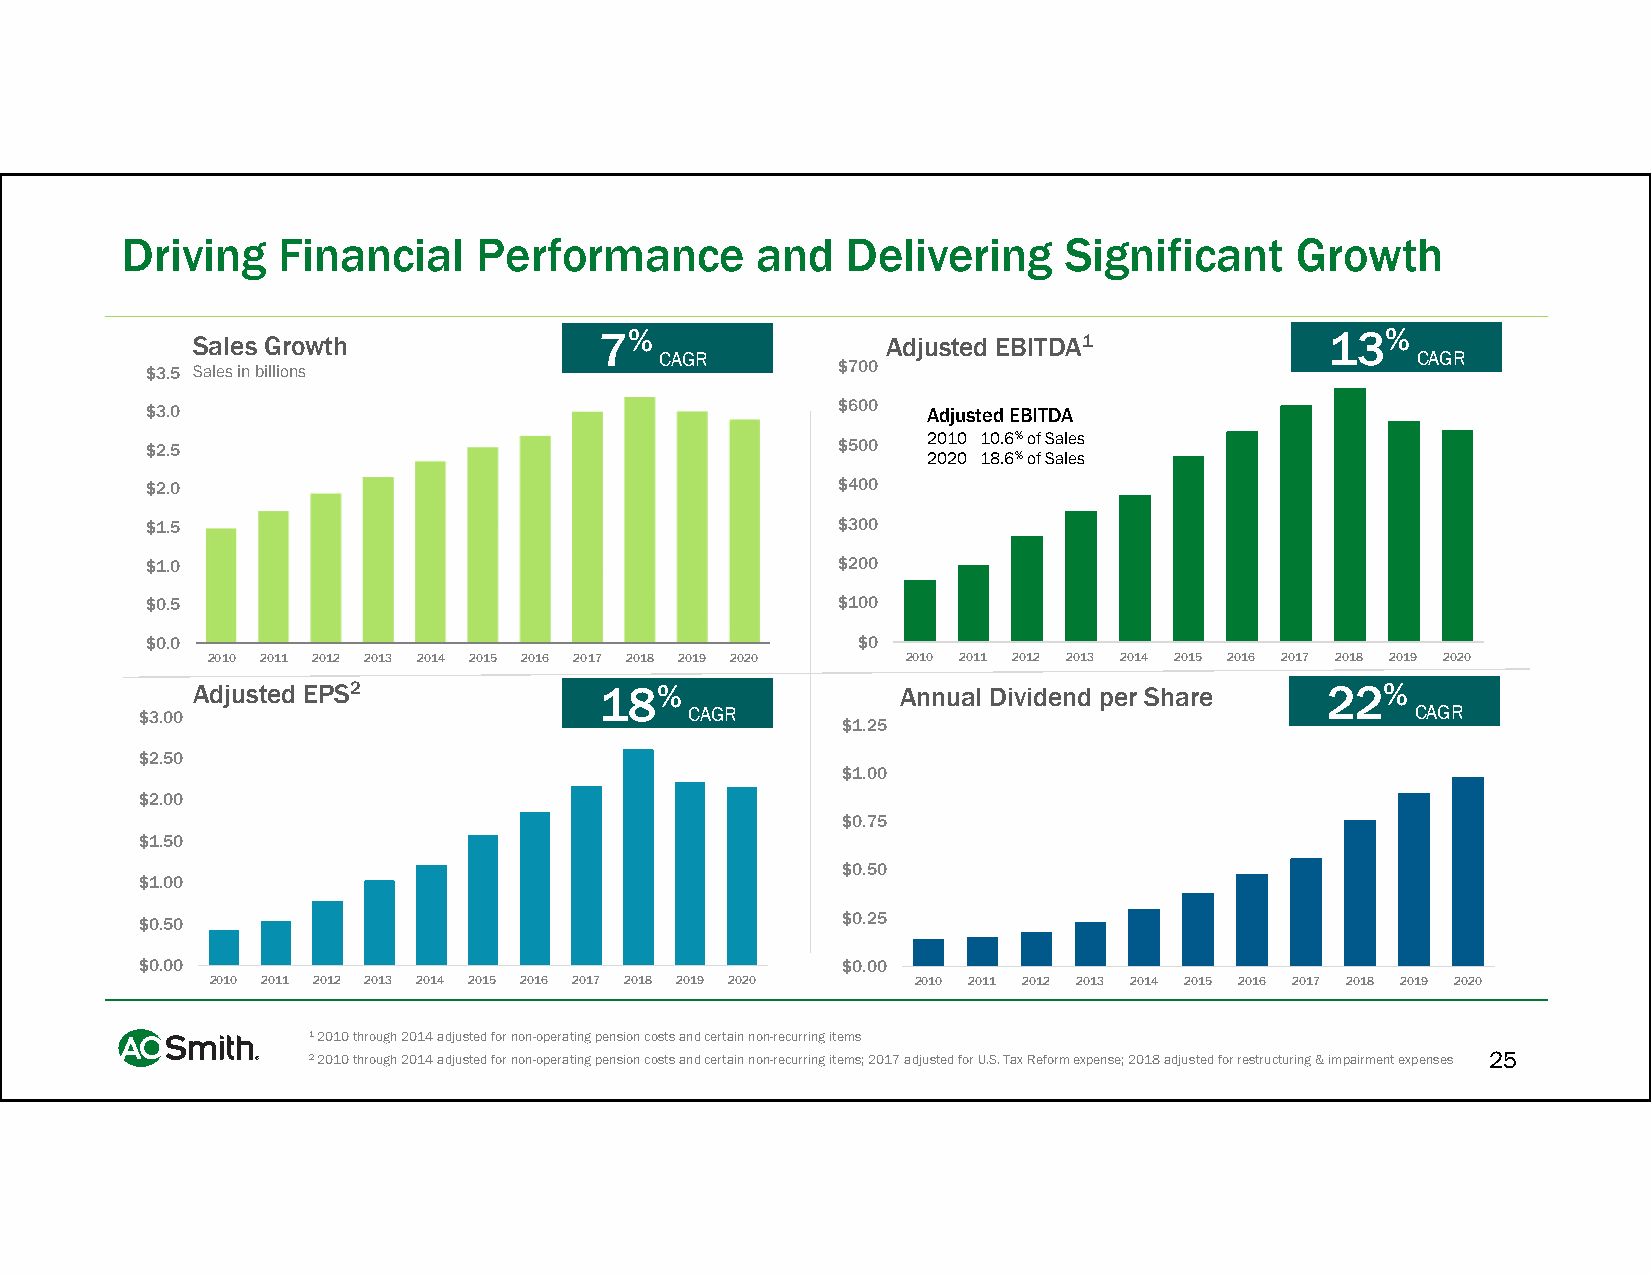
Driving   Financial     Performance       and   Delivering    Significant     Growth
 Sales Growth
 7%
 Adjusted EBITDA1
 13%
 CAGR                                              CAGR
 $3.5 Sales in billions                       $700
 $3.0                                         $600  Adjusted EBITDA
 2010 10.6%of Sales
 $2.5                                         $500
 2020 18.6%of Sales
 $2.0                                         $400
 $1.5                                         $300
 $1.0                                         $200
 $0.5                                         $100
 $0.0                                           $0
 2010 2011 2012 2013 2014 2015 2016 2017 2018 2019 2020 2010 2011 2012 2013 2014 2015 2016 2017 2018 2019 2020
 Adjusted EPS2              18%                 Annual Dividend per Share   22%
 $3.00                                CAGR                                            CAGR
 $1.25
 $2.50
 $1.00
 $2.00
 $0.75
 $1.50
 $0.50
 $1.00
 $0.50                                          $0.25
 $0.00                                          $0.00
 2010 2011 2012 2013 2014 2015 2016 2017 2018 2019 2020 2010 2011 2012 2013 2014 2015 2016 2017 2018 2019 2020
 1 2010 through 2014 adjusted for non-operating pension costs and certain non-recurring items
 2 2010 through 2014 adjusted for non-operating pension costs and certain non-recurring items; 2017 adjusted for U.S. Tax Reform expense; 2018 adjusted for restructuring & impairment expenses 25